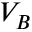
V _ { B }